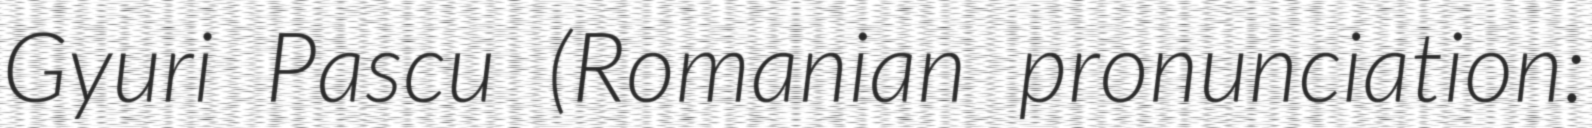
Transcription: Gyuri Pascu (Romanian pronunciation: